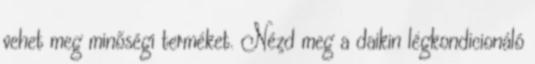
vehet meg minőségi terméket. Nézd meg a daikin légkondicionáló